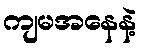
ကျမအနေနဲ့